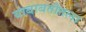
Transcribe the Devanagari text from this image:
याबाबतीतला